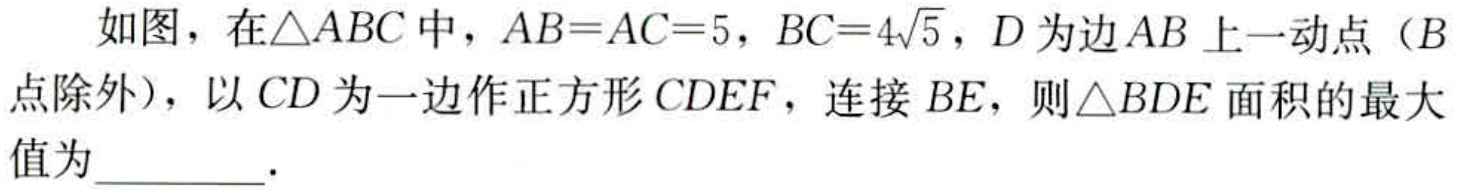
如图，在\(\triangle ABC\)中，\(AB = AC = 5\)，\(BC = 4\sqrt{5}\)，\(D\)为边\(AB\)上一动点（\(B\)点除外），以\(CD\)为一边作正方形\(CDEF\)，连接\(BE\)，则\(\triangle BDE\)面积的最大值为_________.